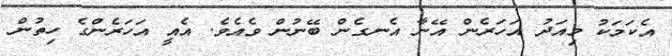
އެކަމަކު މިއަދު އަހަރެން އޭނާ އެނގެން ބޭނުން ވެއެވެ. އެއީ އަހަރެންގެ ހިތުން